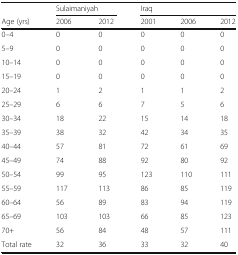
|  | <COLSPAN=2> Sulaimaniyah | <COLSPAN=3> Iraq |
 | Age (yrs) | 2006 | 2012 | 2001 | 2006 | 2012 |
 | --- | --- | --- | --- | --- | --- |
 | 0–4 | 0 | 0 | 0 | 0 | 0 |
 | 5–9 | 0 | 0 | 0 | 0 | 0 |
 | 10–14 | 0 | 0 | 0 | 0 | 0 |
 | 15–19 | 0 | 0 | 0 | 0 | 0 |
 | 20–24 | 1 | 2 | 1 | 1 | 2 |
 | 25–29 | 6 | 6 | 7 | 5 | 6 |
 | 30–34 | 18 | 22 | 15 | 14 | 18 |
 | 35–39 | 38 | 32 | 42 | 34 | 35 |
 | 40–44 | 57 | 81 | 72 | 61 | 69 |
 | 45–49 | 74 | 88 | 92 | 80 | 92 |
 | 50–54 | 99 | 95 | 123 | 110 | 111 |
 | 55–59 | 117 | 113 | 86 | 85 | 119 |
 | 60–64 | 56 | 89 | 83 | 94 | 119 |
 | 65–69 | 103 | 103 | 66 | 85 | 123 |
 | 70+ | 56 | 84 | 48 | 57 | 111 |
 | Total rate | 32 | 36 | 33 | 32 | 40 |